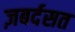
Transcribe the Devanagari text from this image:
ज़बर्दसत